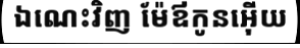
ឯណេះវិញ ម៉ែឪកូនអ៊ើយ